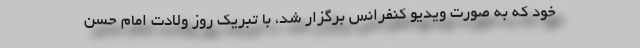
خود که به صورت ویدیو کنفرانس برگزار شد، با تبریک روز ولادت امام حسن